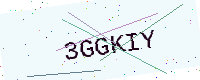
Text: 3GGKIY